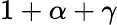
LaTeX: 1+\alpha+\gamma